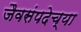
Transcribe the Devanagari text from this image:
जैवसंपदेच्या